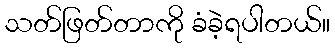
သတ်ဖြတ်တာကို ခံခဲ့ရပါတယ်။